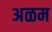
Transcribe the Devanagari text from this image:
अळम